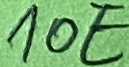
Text: 10E